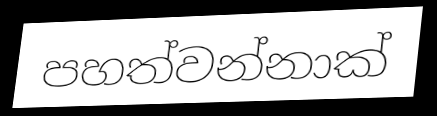
පහත්වන්නාක්